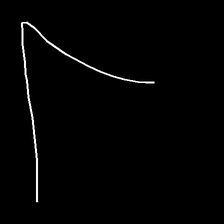
Glyph: region